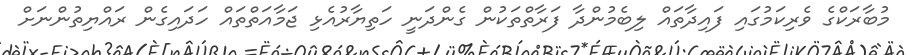
މުބާރަކްގެ ވެރިކަމުގައި ފައިދާތައް ލިބެމުންދާ ފަރާތްތަކުން ގެންދަނީ ހަތިޔާރުއެޅި ޖަމާއަތްތައް ހަދައިގެން ރައްޔިތުންނަށް